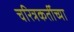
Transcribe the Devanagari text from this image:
चरित्रकर्तीच्या